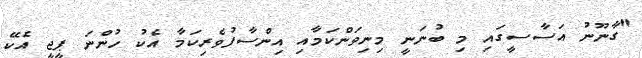
"ގާނޫނު އަސާސީގައި މި ބުނަނީ މިނިވަންކަމާއި އިންސާފުވެރިކަމާ އެކު ހުންނަ ޕީޖީ އެކޭ